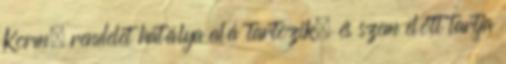
Korm. rendelet hatálya alá tartozik, és szem előtt tartja